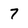
Character: 7